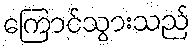
ကြောင်သွားသည်